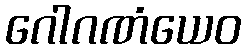
ဂေါဂဏံယေဝ